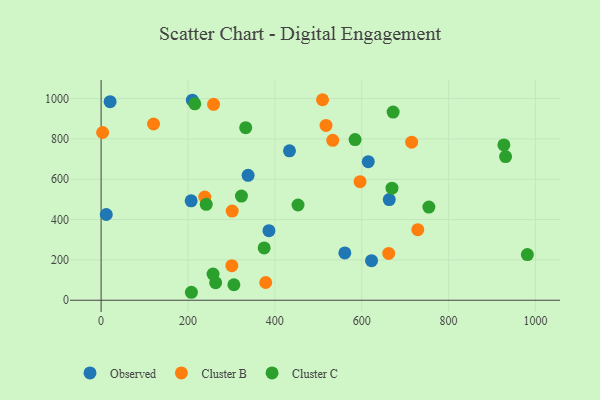
{"axis": {"x": "Experience", "y": "Demand"}, "legend": ["Cluster B", "Cluster C", "Observed"], "data": [{"x": "561.1", "y": 234.6, "type": "Observed"}, {"x": "11.9", "y": 425.1, "type": "Observed"}, {"x": "386.4", "y": 344.8, "type": "Observed"}, {"x": "615.1", "y": 687.0, "type": "Observed"}, {"x": "622.6", "y": 196.2, "type": "Observed"}, {"x": "207.3", "y": 492.9, "type": "Observed"}, {"x": "338.4", "y": 619.5, "type": "Observed"}, {"x": "433.7", "y": 741.0, "type": "Observed"}, {"x": "210.1", "y": 992.3, "type": "Observed"}, {"x": "20.7", "y": 984.8, "type": "Observed"}, {"x": "663.4", "y": 499.1, "type": "Observed"}, {"x": "258.9", "y": 971.6, "type": "Cluster B"}, {"x": "238.7", "y": 511.9, "type": "Cluster B"}, {"x": "662.1", "y": 231.9, "type": "Cluster B"}, {"x": "596.2", "y": 588.0, "type": "Cluster B"}, {"x": "3.5", "y": 831.8, "type": "Cluster B"}, {"x": "120.7", "y": 873.9, "type": "Cluster B"}, {"x": "509.8", "y": 994.3, "type": "Cluster B"}, {"x": "533.3", "y": 793.2, "type": "Cluster B"}, {"x": "729.1", "y": 350.1, "type": "Cluster B"}, {"x": "715.0", "y": 783.6, "type": "Cluster B"}, {"x": "379.0", "y": 87.9, "type": "Cluster B"}, {"x": "301.0", "y": 171.5, "type": "Cluster B"}, {"x": "301.8", "y": 442.1, "type": "Cluster B"}, {"x": "517.8", "y": 866.8, "type": "Cluster B"}, {"x": "754.6", "y": 462.1, "type": "Cluster C"}, {"x": "215.7", "y": 974.2, "type": "Cluster C"}, {"x": "375.4", "y": 259.4, "type": "Cluster C"}, {"x": "453.3", "y": 472.2, "type": "Cluster C"}, {"x": "257.7", "y": 129.7, "type": "Cluster C"}, {"x": "332.9", "y": 855.9, "type": "Cluster C"}, {"x": "207.9", "y": 39.5, "type": "Cluster C"}, {"x": "263.7", "y": 87.0, "type": "Cluster C"}, {"x": "672.3", "y": 933.3, "type": "Cluster C"}, {"x": "981.4", "y": 226.5, "type": "Cluster C"}, {"x": "584.7", "y": 796.9, "type": "Cluster C"}, {"x": "931.2", "y": 712.5, "type": "Cluster C"}, {"x": "927.3", "y": 770.0, "type": "Cluster C"}, {"x": "242.0", "y": 475.8, "type": "Cluster C"}, {"x": "669.7", "y": 555.6, "type": "Cluster C"}, {"x": "323.1", "y": 516.3, "type": "Cluster C"}, {"x": "305.7", "y": 76.9, "type": "Cluster C"}]}